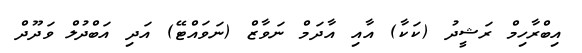
އިބްރާހިމް ރަޝީދު (ކަކާ) އާއި އާދަމް ނަވާޒް (ނަވައްޓޭ) އަދި އަބްދުލް ވަދޫދް